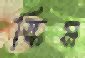
স্কিম